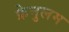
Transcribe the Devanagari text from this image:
फ्रेनुलम